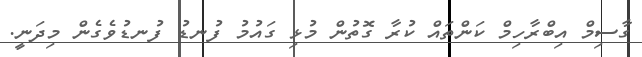
ގާސިމް އިބްރާހިމް ކަންތައް ކުރާ ގޮތުން މުޅި ގައުމު ފުނޑު ފުނޑުވެގެން މިދަނީ.